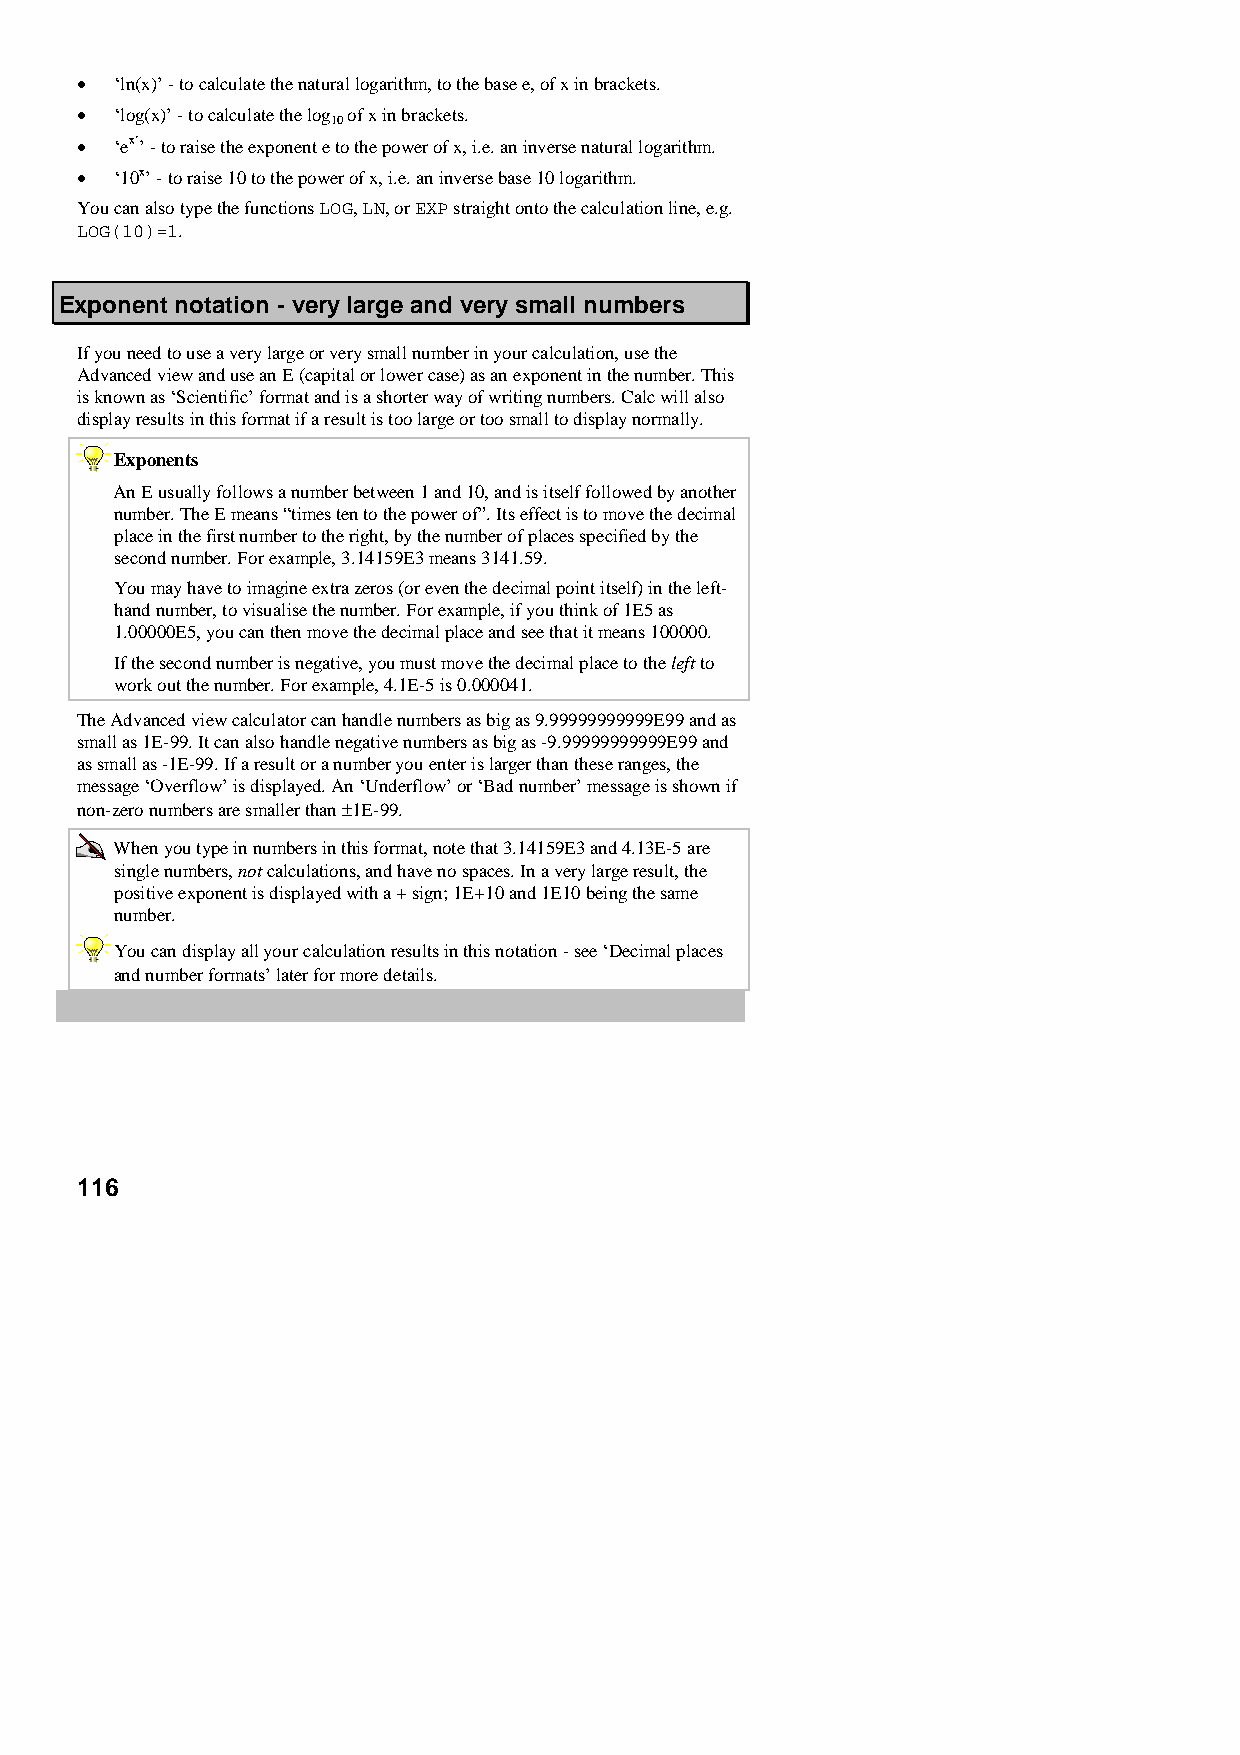
•  ‘ln(x)’ - to calculate the natural logarithm, to the base e, of x in brackets.
 •  ‘log(x)’ - to calculate the log of x in brackets.
 10
 •  ‘ex’’ - to raise the exponent e to the power of x, i.e. an inverse natural logarithm.
 •  ‘10x’ - to raise 10 to the power of x, i.e. an inverse base 10 logarithm.
 You can also type the functions LOG, LN, or EXP straight onto the calculation line, e.g.
 LOG(10)=1.
 Exponent notation - very large and very small numbers
 If you need to use a very large or very small number in your calculation, use the
 Advanced view and use an E (capital or lower case) as an exponent in the number. This
 is known as ‘Scientific’ format and is a shorter way of writing numbers. Calc will also
 display results in this format if a result is too large or too small to display normally.
 Exponents
 An E usually follows a number between 1 and 10, and is itself followed by another
 number. The E means “times ten to the power of”. Its effect is to move the decimal
 place in the first number to the right, by the number of places specified by the
 second number. For example, 3.14159E3 means 3141.59.
 You may have to imagine extra zeros (or even the decimal point itself) in the left-
 hand number, to visualise the number. For example, if you think of 1E5 as
 1.00000E5, you can then move the decimal place and see that it means 100000.
 If the second number is negative, you must move the decimal place to the left to
 work out the number. For example, 4.1E-5 is 0.000041.
 The Advanced view calculator can handle numbers as big as 9.99999999999E99 and as
 small as 1E-99. It can also handle negative numbers as big as -9.99999999999E99 and
 as small as -1E-99. If a result or a number you enter is larger than these ranges, the
 message ‘Overflow’ is displayed. An ‘Underflow’ or ‘Bad number’ message is shown if
 non-zero numbers are smaller than ±1E-99.
 When you type in numbers in this format, note that 3.14159E3 and 4.13E-5 are
 single numbers, not calculations, and have no spaces. In a very large result, the
 positive exponent is displayed with a + sign; 1E+10 and 1E10 being the same
 number.
 You can display all your calculation results in this notation - see ‘Decimal places
 and number formats’ later for more details.
 116